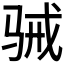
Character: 𮪢